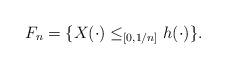
LaTeX: \begin{align*}F_n=\{ X(\cdot) \le_{[0,1/n]} h(\cdot)\}.\end{align*}